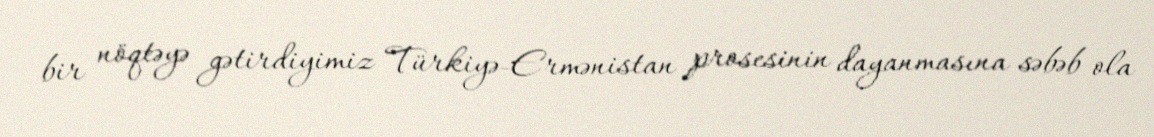
bir nöqtəyə gətirdiyimiz Türkiyə-Ermənistan prosesinin dayanmasına səbəb ola